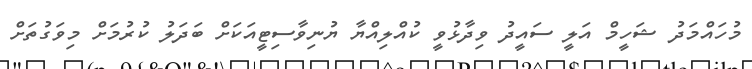
މުހައްމަދު ޝަހީމް އަލީ ސައީދު ވިދާޅުވީ ކުއްލިއްޔާ ޔުނިވާސިޓީއަކަށް ބަދަލު ކުރުމަށް މިވަގުތަށް